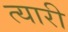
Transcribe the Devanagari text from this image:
त्यारी